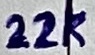
Text: 22k